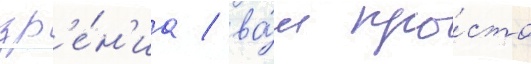
зр'е́н'иа / ва́м про́сто